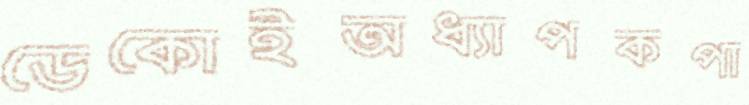
ডেকোইঅধ্যাপকপা